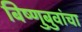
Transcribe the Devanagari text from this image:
बिष्णुबुवांचा